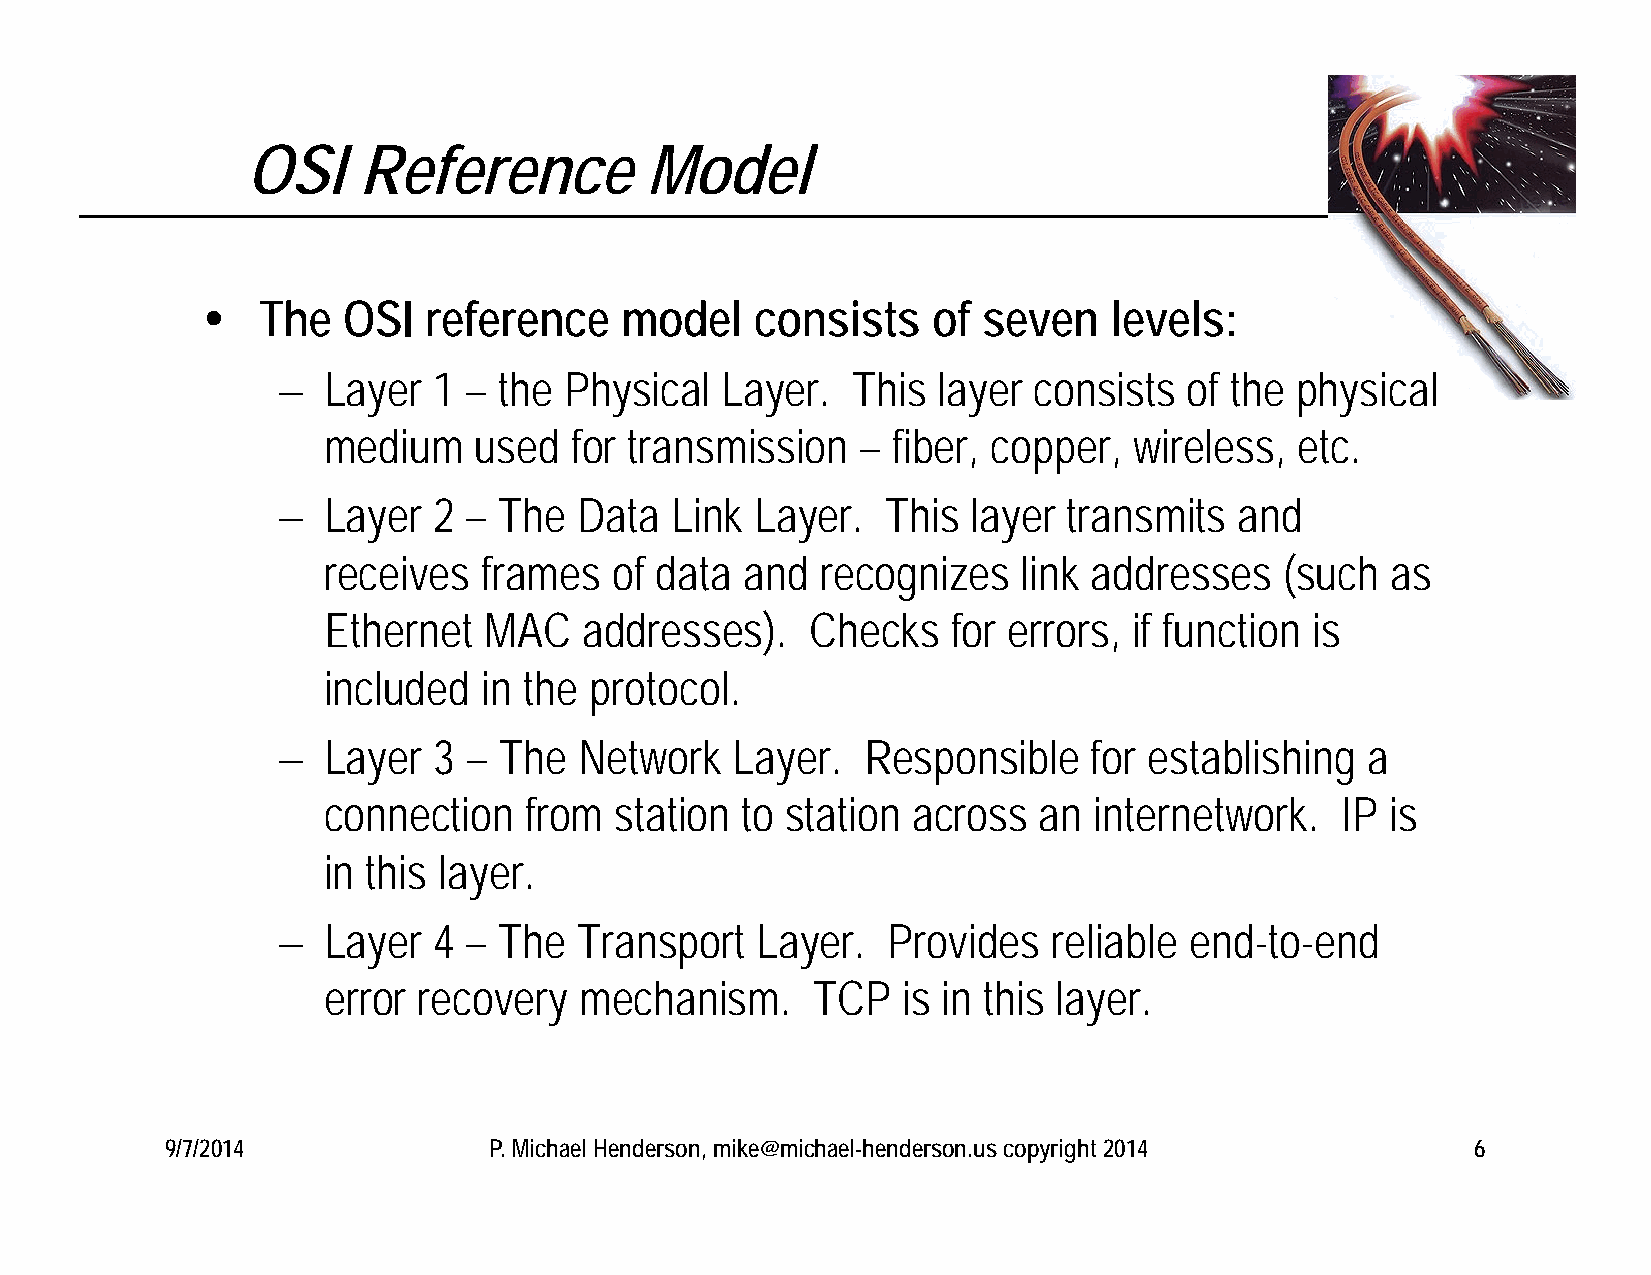
OSI     Reference          Model
    The   OSI  reference    model    consists    of seven    levels:
   Layer   1 – the Physical   Layer.  This  layer consists   of the physical
 medium    used   for transmission   – fiber, copper,  wireless,  etc.
   Layer   2 – The  Data  Link  Layer.   This layer  transmits  and
 receives   frames   of data and  recognizes    link addresses   (such  as
 Ethernet   MAC    addresses).    Checks   for errors, if function is
 included   in the protocol.
   Layer   3 – The  Network    Layer.  Responsible    for establishing  a
 connection    from  station to station across   an internetwork.    IP is
 in this layer.
   Layer   4 – The  Transport   Layer.   Provides   reliable end-to-end
 error  recovery  mechanism.      TCP   is in this layer.
 9/7/2014             P. Michael Henderson, mike@michael-henderson.us copyright 2014    6